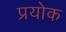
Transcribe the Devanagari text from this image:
प्रयोक